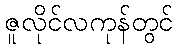
ဇူလိုင်လကုန်တွင်